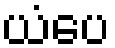
ယံပေ